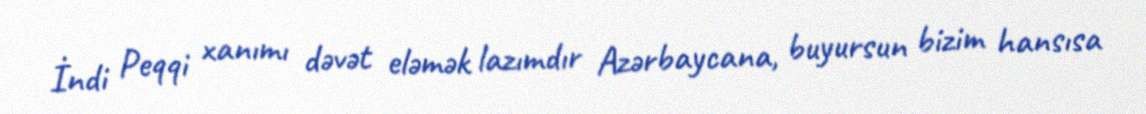
İndi Peqqi xanımı dəvət eləmək lazımdır Azərbaycana, buyursun bizim hansısa